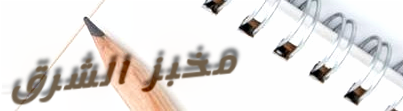
مخبز الشرق